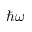
\hbar \omega